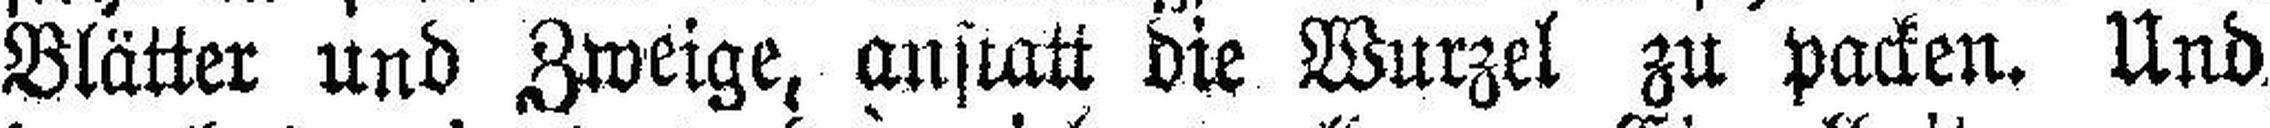
Blätter und Zweige, anstatt die Wurzel zu packen. Und